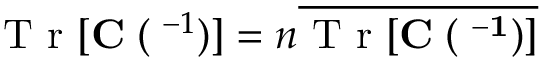
\mathrm { ~ T ~ r ~ } [ { \bf C \Xi } ( { \bf \Lambda } ^ { - 1 } ) ] = n \overline { { \mathrm { ~ T ~ r ~ } [ \bf { C \Xi } ( { \bf \Lambda } ^ { - 1 } ) ] } }